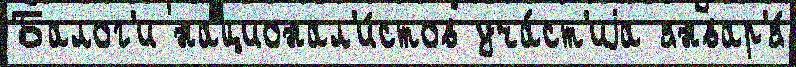
Балог'и национал'и́стов уча́ст'иjа январ'я́